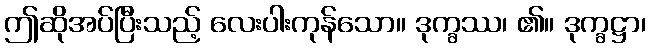
ဤဆိုအပ်ပြီးသည့် လေးပါးကုန်သော။ ဒုက္ခဿ၊ ၏။ ဒုက္ခဋ္ဌာ၊